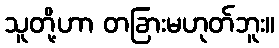
သူတို့ဟာ တခြားမဟုတ်ဘူး။